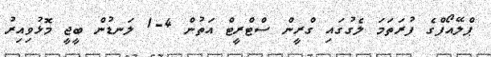
ޕްލޭއޯފްގެ ފުރަތަމަ ލެގުގައި ގްރީން ސްޓްރީޓް އަތުން 4-1 ލަނޑުން ބީޖީ މޮޅުވިއިރު